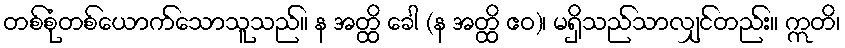
တစ်စုံတစ်ယောက်သောသူသည်။ န အတ္ထိ ခေါ (န အတ္ထိ ဧဝ)၊ မရှိသည်သာလျှင်တည်း။ ဣတိ၊